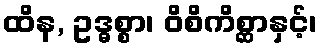
ထိန, ဥဒ္ဓစ္စာ၊ ဝိစိကိစ္ဆာနှင့်၊